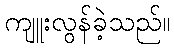
ကျူးလွန်ခဲ့သည်။